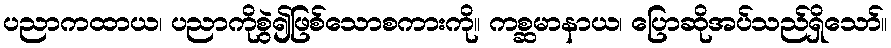
ပညာကထာယ၊ ပညာကိုစွဲ၍ဖြစ်သောစကားကို။ ကစ္ဆမာနာယ၊ ပြောဆိုအပ်သည်ရှိသော်။